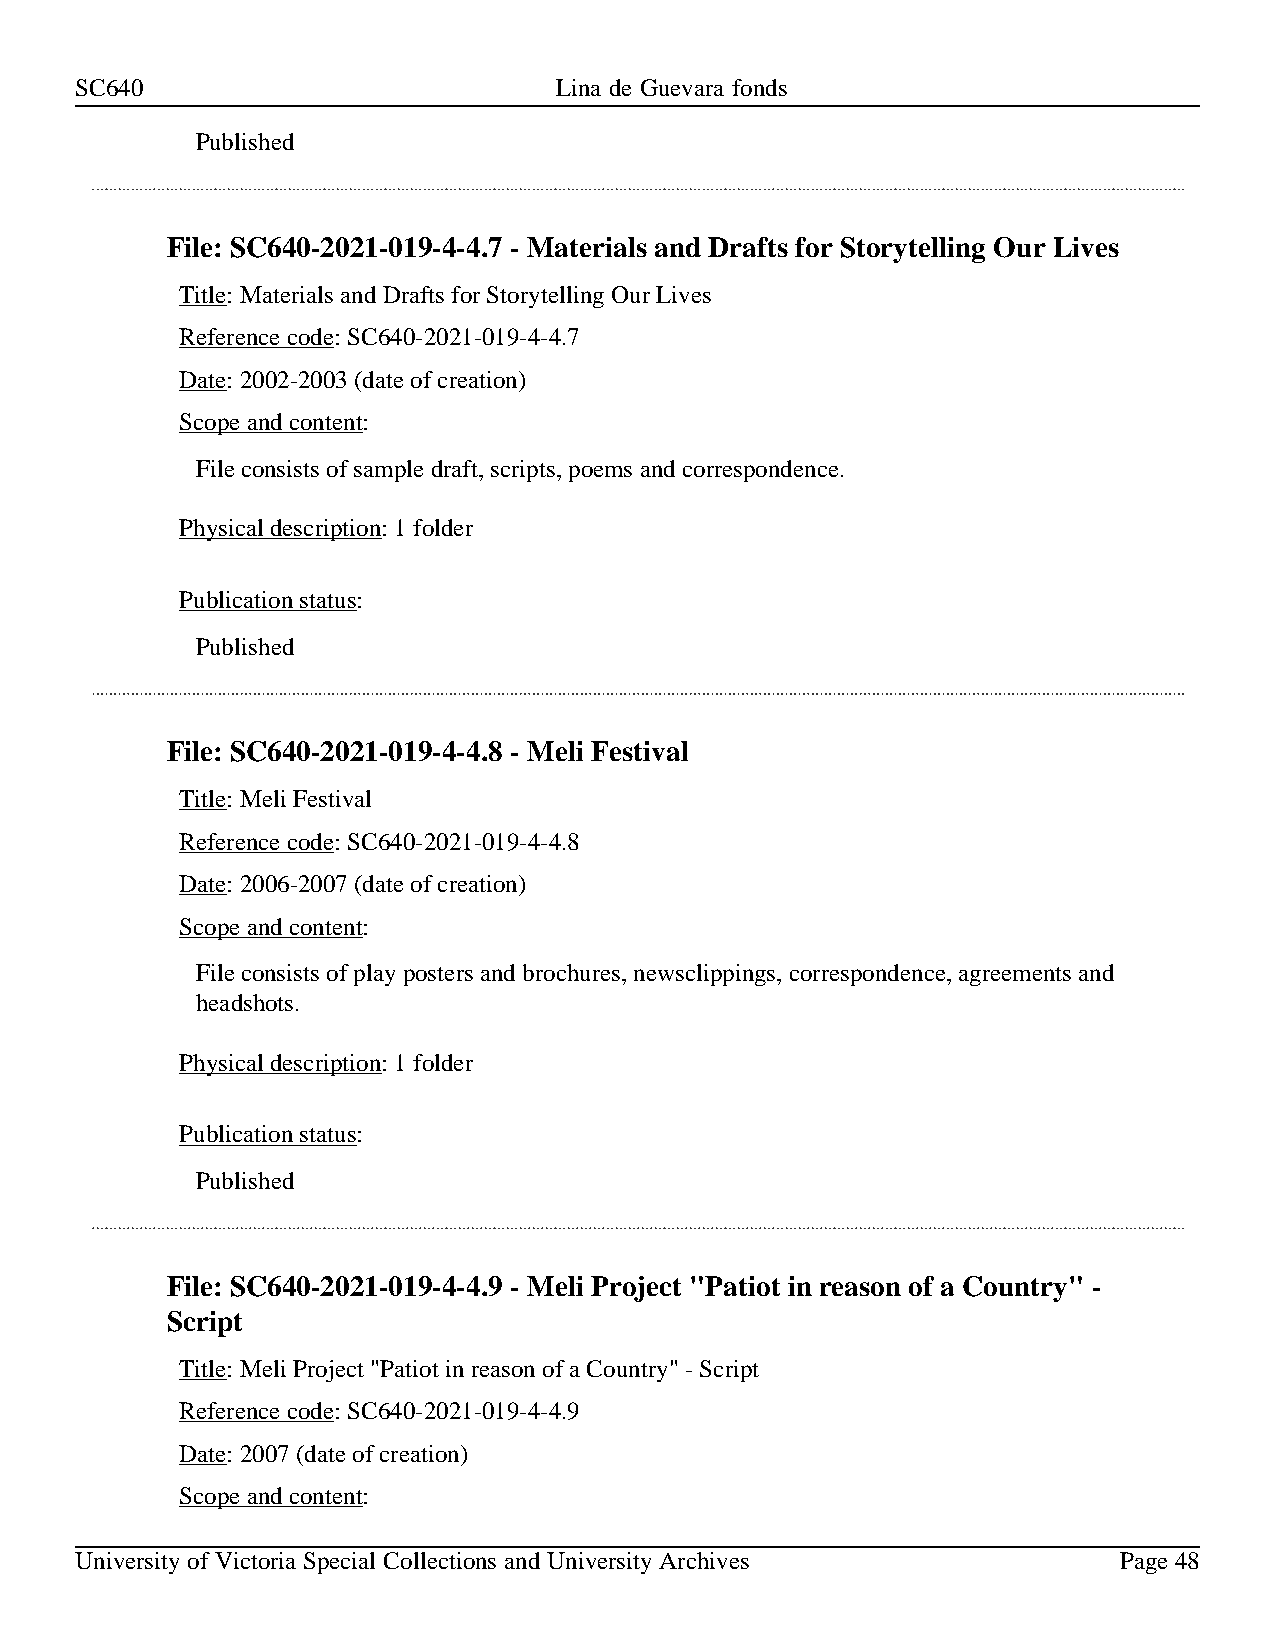
SC640                           Lina de Guevara fonds
 Published
 File: SC640-2021-019-4-4.7 - Materials and Drafts for Storytelling Our Lives
 Title: Materials and Drafts for Storytelling Our Lives
 Reference code: SC640-2021-019-4-4.7
 Date: 2002-2003 (date of creation)
 Scope and content:
 File consists of sample draft, scripts, poems and correspondence.
 Physical description: 1 folder
 Publication status:
 Published
 File: SC640-2021-019-4-4.8 - Meli Festival
 Title: Meli Festival
 Reference code: SC640-2021-019-4-4.8
 Date: 2006-2007 (date of creation)
 Scope and content:
 File consists of play posters and brochures, newsclippings, correspondence, agreements and
 headshots.
 Physical description: 1 folder
 Publication status:
 Published
 File: SC640-2021-019-4-4.9 - Meli Project "Patiot in reason of a Country" -
 Script
 Title: Meli Project "Patiot in reason of a Country" - Script
 Reference code: SC640-2021-019-4-4.9
 Date: 2007 (date of creation)
 Scope and content:
 University of Victoria Special Collections and University Archives   Page 48